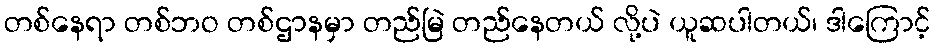
တစ်နေရာ တစ်ဘဝ တစ်ဌာနမှာ တည်မြဲ တည်နေတယ် လို့ပဲ ယူဆပါတယ်၊ ဒါကြောင့်